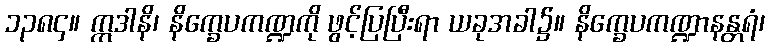
၁၃၈၄။ ဣဒါနိ၊ နိက္ခေပကဏ္ဍကို ဖွင့်ပြပြီးရာ ယခုအခါ၌။ နိက္ခေပကဏ္ဍာနန္တရံ၊